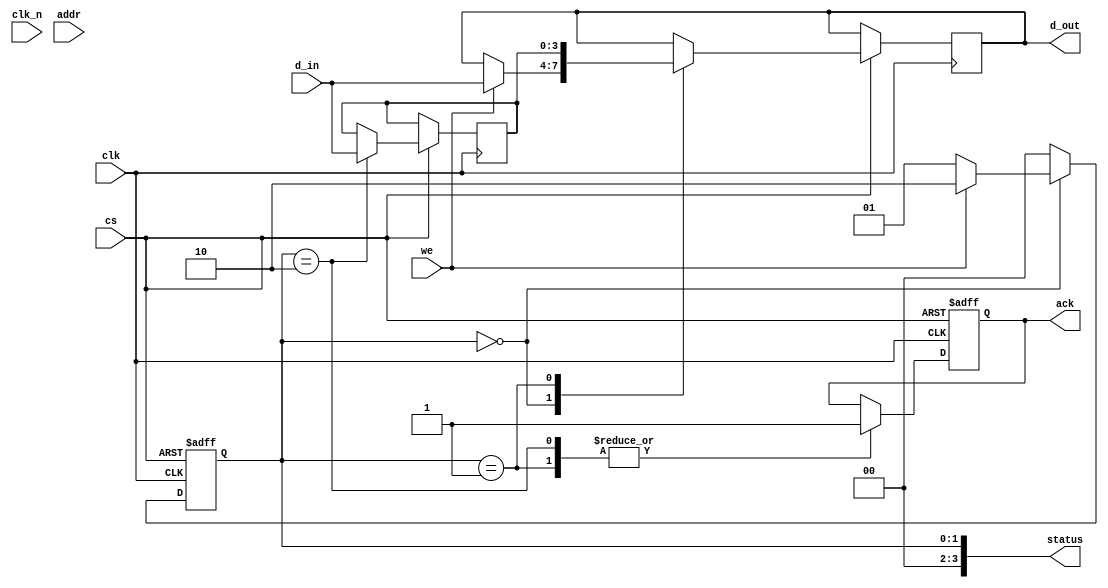
module gddr6x_io_block (
    input wire clk,          // System clock
    input wire clk_n,        // Inverted clock
    input wire [3:0] d_in,   // Data input (4 bits for example)
    output wire [3:0] d_out, // Data output (4 bits for example)
    input wire [2:0] addr,   // Address lines
    input wire cs,           // Chip select
    input wire we,           // Write enable
    output wire ack,         // Acknowledgment signal
    output wire [3:0] status // Status signals
);

    // Internal signals
    reg [3:0] data_reg;
    reg [3:0] d_out_reg;
    reg ack_reg;
    reg [1:0] state; // FSM state

    // Parameters for FSM states
    localparam IDLE = 2'b00;
    localparam READ = 2'b01;
    localparam WRITE = 2'b10;

    // Data I/O paths (simplified)
    always @(posedge clk or negedge cs) begin
        if (!cs) begin
            // Chip select is low, reset state
            state <= IDLE;
            ack_reg <= 1'b0;
        end else begin
            case (state)
                IDLE: begin
                    if (we) begin
                        // Write operation
                        d_out_reg <= d_in; // Capture input data
                        state <= WRITE;
                    end else begin
                        // Read operation
                        state <= READ;
                    end
                end

                READ: begin
                    // Simulate read operation
                    d_out_reg <= data_reg; // Output the data
                    ack_reg <= 1'b1; // Acknowledge the read
                    state <= IDLE; // Go back to IDLE
                end

                WRITE: begin
                    // Simulate write operation
                    data_reg <= d_in; // Store the input data
                    ack_reg <= 1'b1; // Acknowledge the write
                    state <= IDLE; // Go back to IDLE
                end

                default: state <= IDLE; // Default case
            endcase
        end
    end

    // Assign outputs
    assign d_out = d_out_reg;
    assign ack = ack_reg;
    assign status = {1'b0, state}; // Example status output

endmodule